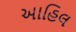
આહિલ